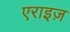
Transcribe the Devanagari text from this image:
एराइज़